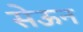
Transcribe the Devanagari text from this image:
सेऊन